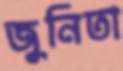
জুনিতা